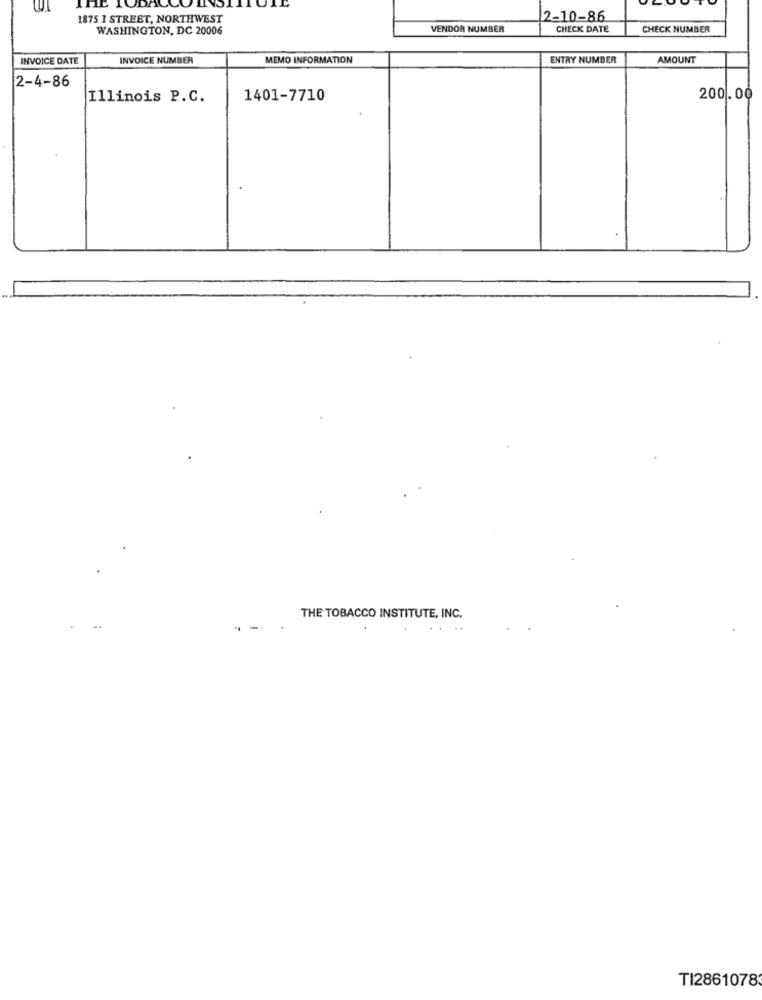
1875 1 STREET, NORTHWEST
2-10-86
WASHINGTON, DC 20006
VENDOR NUMBER
CHECK DATE
CHECK NUMBER
INVOICE DATE
INVOICE NUMBER
MEMO INFORMATION
ENTRY NUMBER
AMOUNT
2-4-86
Illinois P.C.
1401-7710
200.00
THE TOBACCO INSTITUTE, INC.
- -
TI2861078